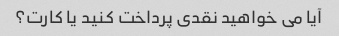
آیا می خواهید نقدی پرداخت کنید یا کارت؟